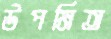
উপমিত